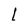
Character: l